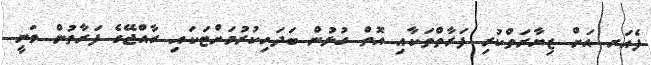
ފެއަރ އަށް ޒިޔާރަތްކުރި ފަރާތްތަކާއި އޮތް ގުޅުން ބަދަހިކުރުމަށްޓަކައި ރާއްޖޭގެ ފަރާތުން ވަނީ